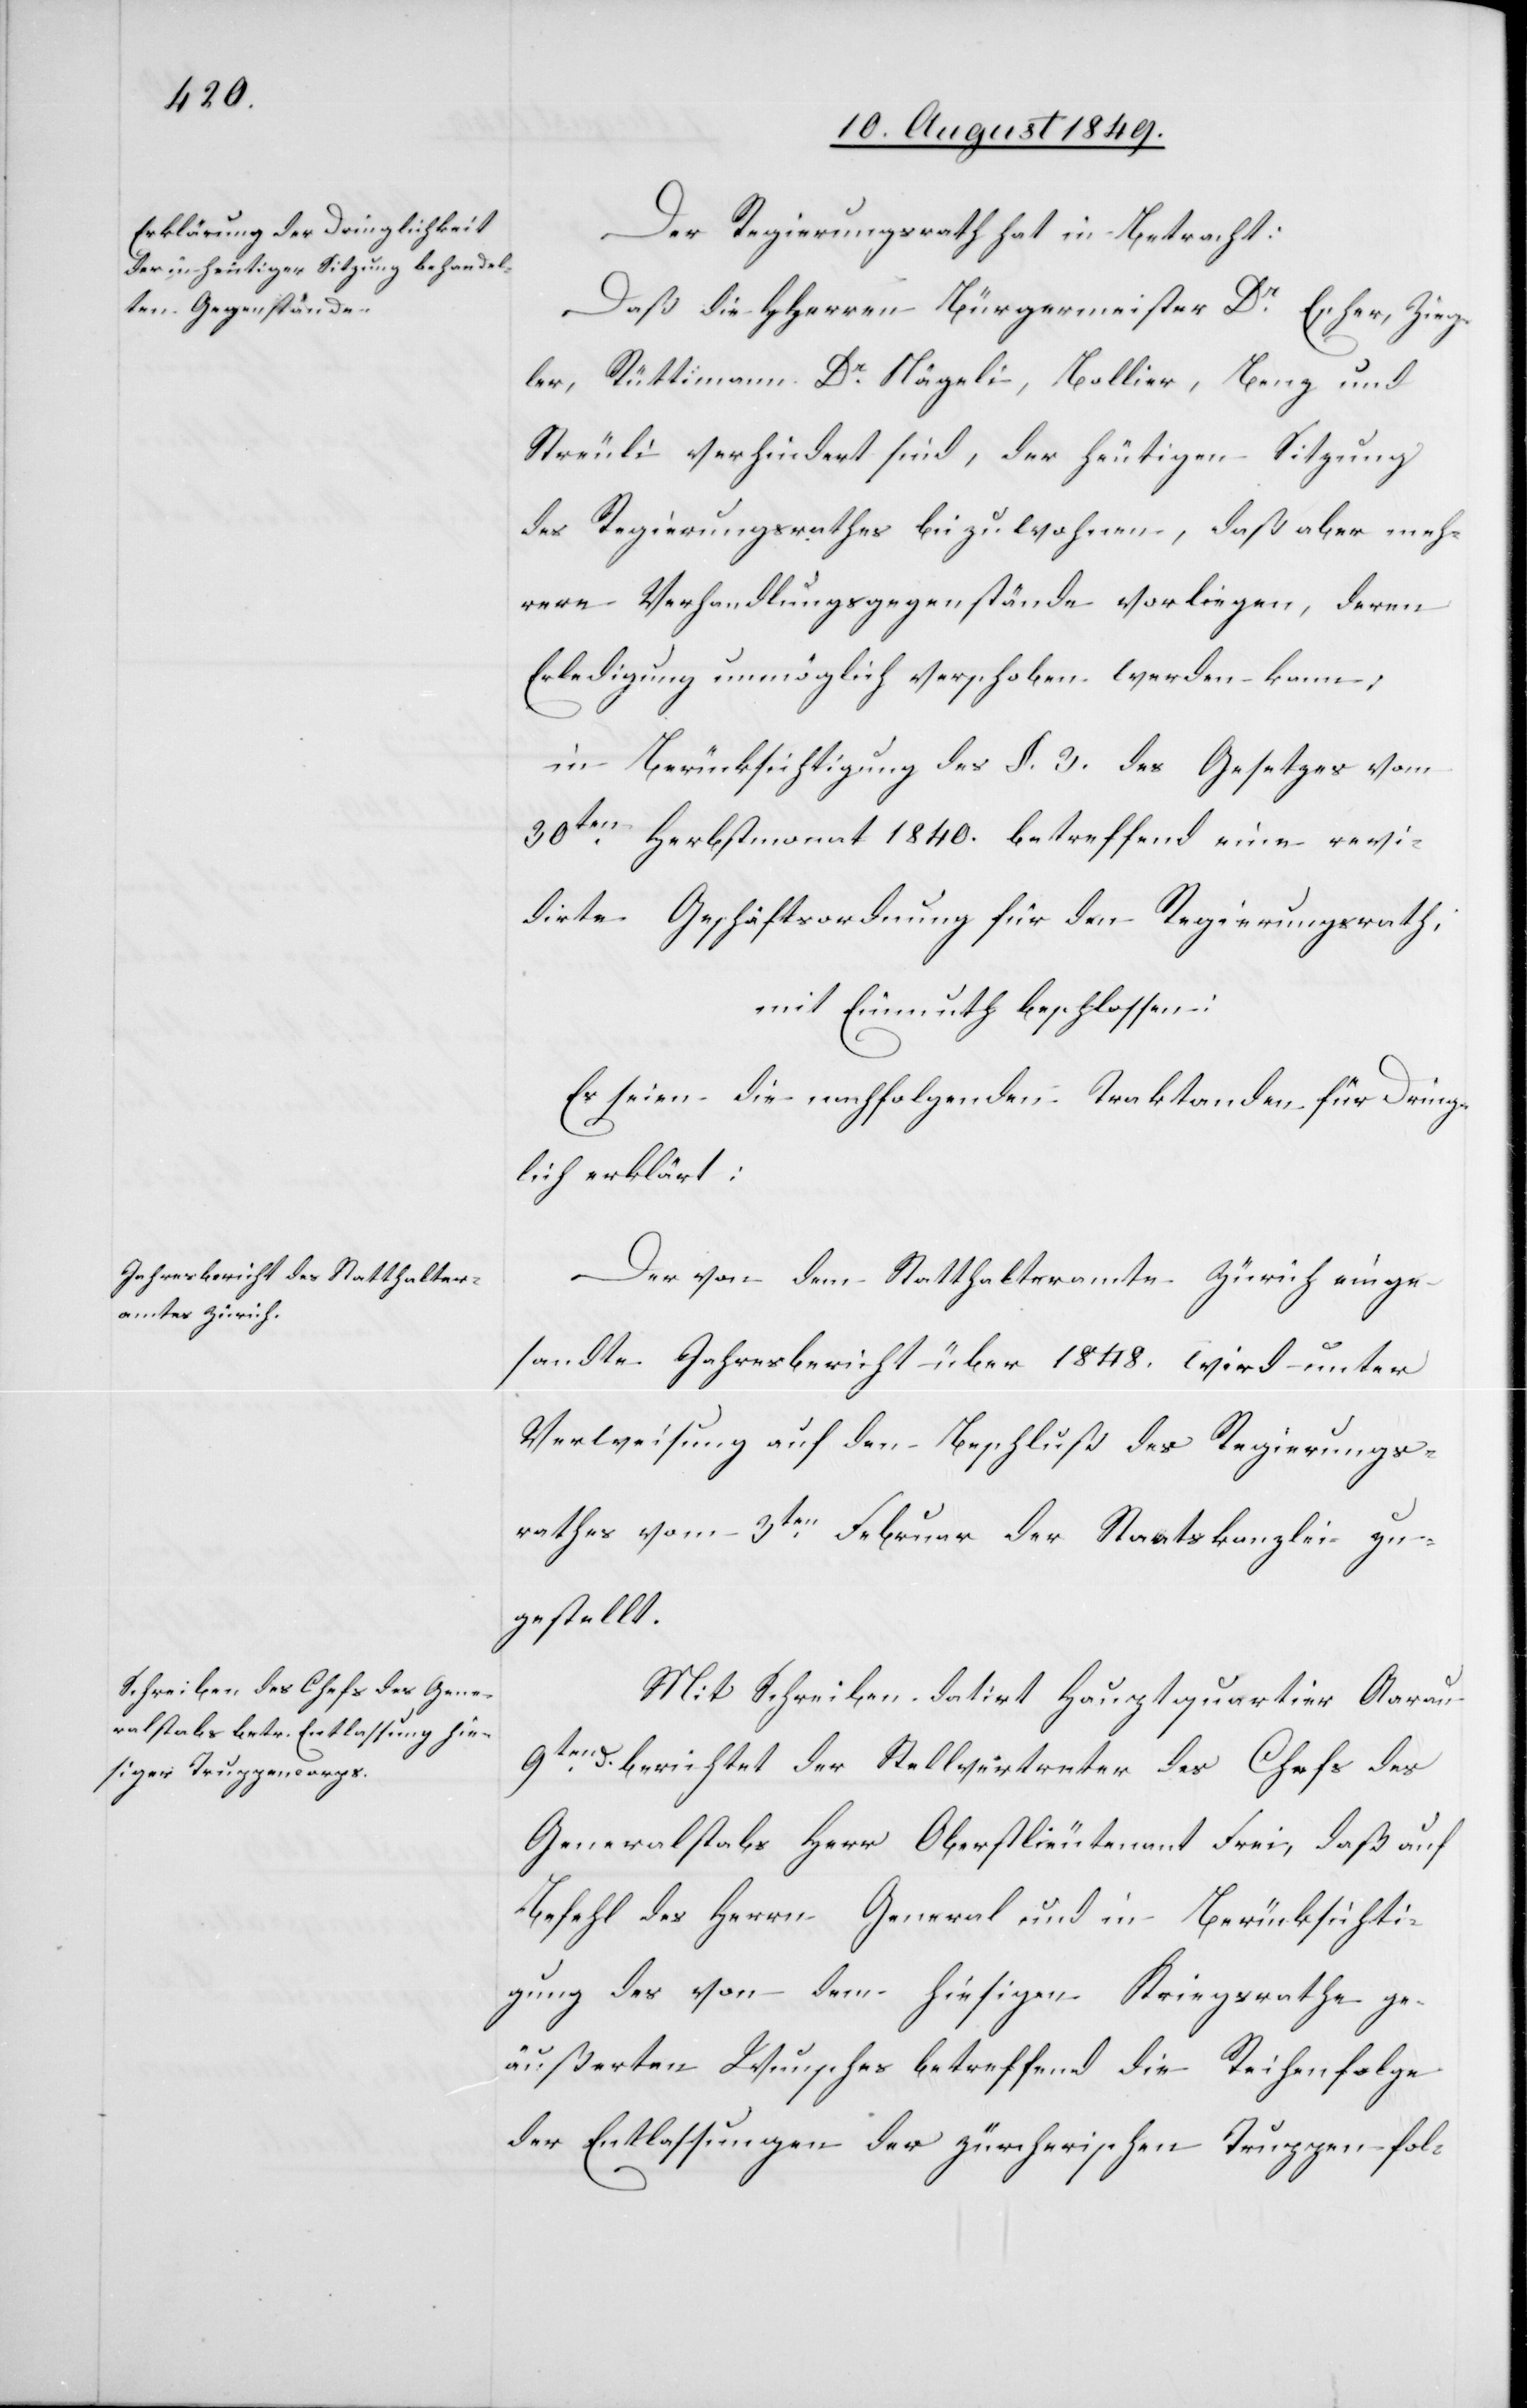
Der Regierungsrath hat in Betracht:
Daß die HHerren Bürgermeister Dr Escher, Zieg¬
ler, Rüttimann, Dr Nägeli, Bollier, Benz und
Streuli verhindert sind, der heutigen Sitzung
des Regierungsrathes beizuwohnen, daß aber meh¬
rere Verhandlungsgegenstände vorliegen, deren
Erledigung unmöglich verschoben werden kann;
in Berücksichtigung des §. 3. des Gesetzes vom
30ten Herbstmonat 1840. betreffend eine revi¬
dirte Geschäftsordnung für den Regierungsrath;
mit Einmuth beschlossen:
Es seien die nachfolgenden Traktanden für Dring¬
lich erklärt:
Der von dem Statthalteramte Zürich einge¬
sandte Jahresbericht über 1848. wird unter
Verweisung auf den Beschluß des Regierungs¬
rathes vom 3ten Februar der Staatskanzlei zu¬
gestellt.
Mit Schreiben datirt Hauptquartier Aarau
9ten d. berichtet der Stellvertreter des Chefs des
Generalstabs Herr Oberstlieutenant Frei, daß auf
Befehl des Herrn General und in Berücksichti¬
gung des von dem hiesigen Kriegsrathe ge¬
äußerten Wunsches betreffend die Reihenfolge
der Entlassungen der zürcherischen Truppen fol-